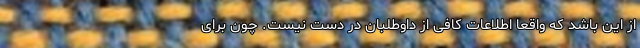
از این باشد که واقعاً اطلاعات کافی از داوطلبان در دست نیست. چون برای